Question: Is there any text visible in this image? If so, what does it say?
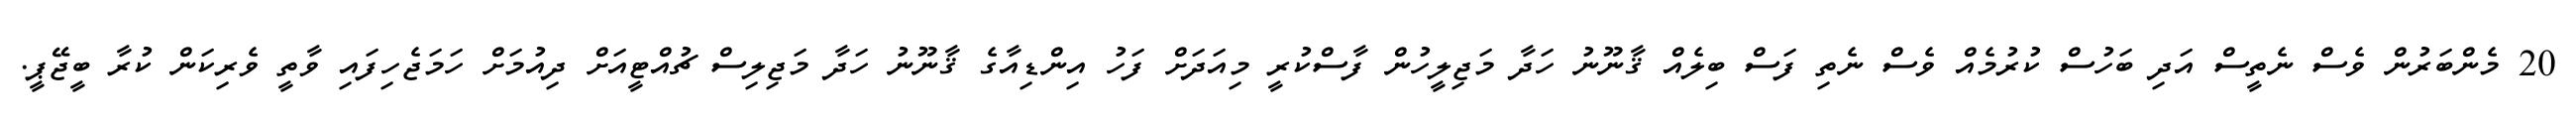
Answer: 20 މެންބަރުން ވެސް ނެތީސް އަދި ބަހުސް ކުރުމެއް ވެސް ނެތި ފަސް ބިލެއް ޤާނޫނު ހަދާ މަޖިލީހުން ފާސްކުރީ މިއަދަށް ފަހު އިންޑިއާގެ ޤާނޫނު ހަދާ މަޖިލިސް ޗުއްޓީއަށް ދިއުމަށް ހަމަޖެހިފައި ވާތީ ވެރިކަން ކުރާ ބީޖޭޕީ.